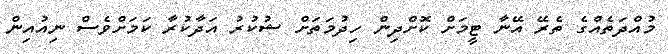
މުއްދަތެއްގެ ތެރޭ އޭނާ ޓީމަށް ކޮށްދިން ހިދުމަތަށް ޝުކުރު އަދާކުރާ ކަމަށްވެސް ނިއުއިން